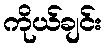
ကိုယ်ချင်း